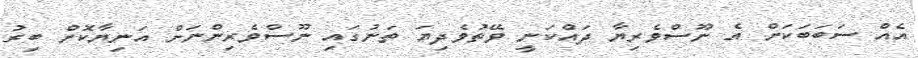
އެއް ސަބަބަކަށް އެ ނޫސްވެރިޔާ ދައްކަނީ ވޭތުވެދިޔަ ތަނުގައި ނޫސްވެރިންނަށް އަނިޔާކޮށް ބިރު